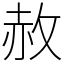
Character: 赦